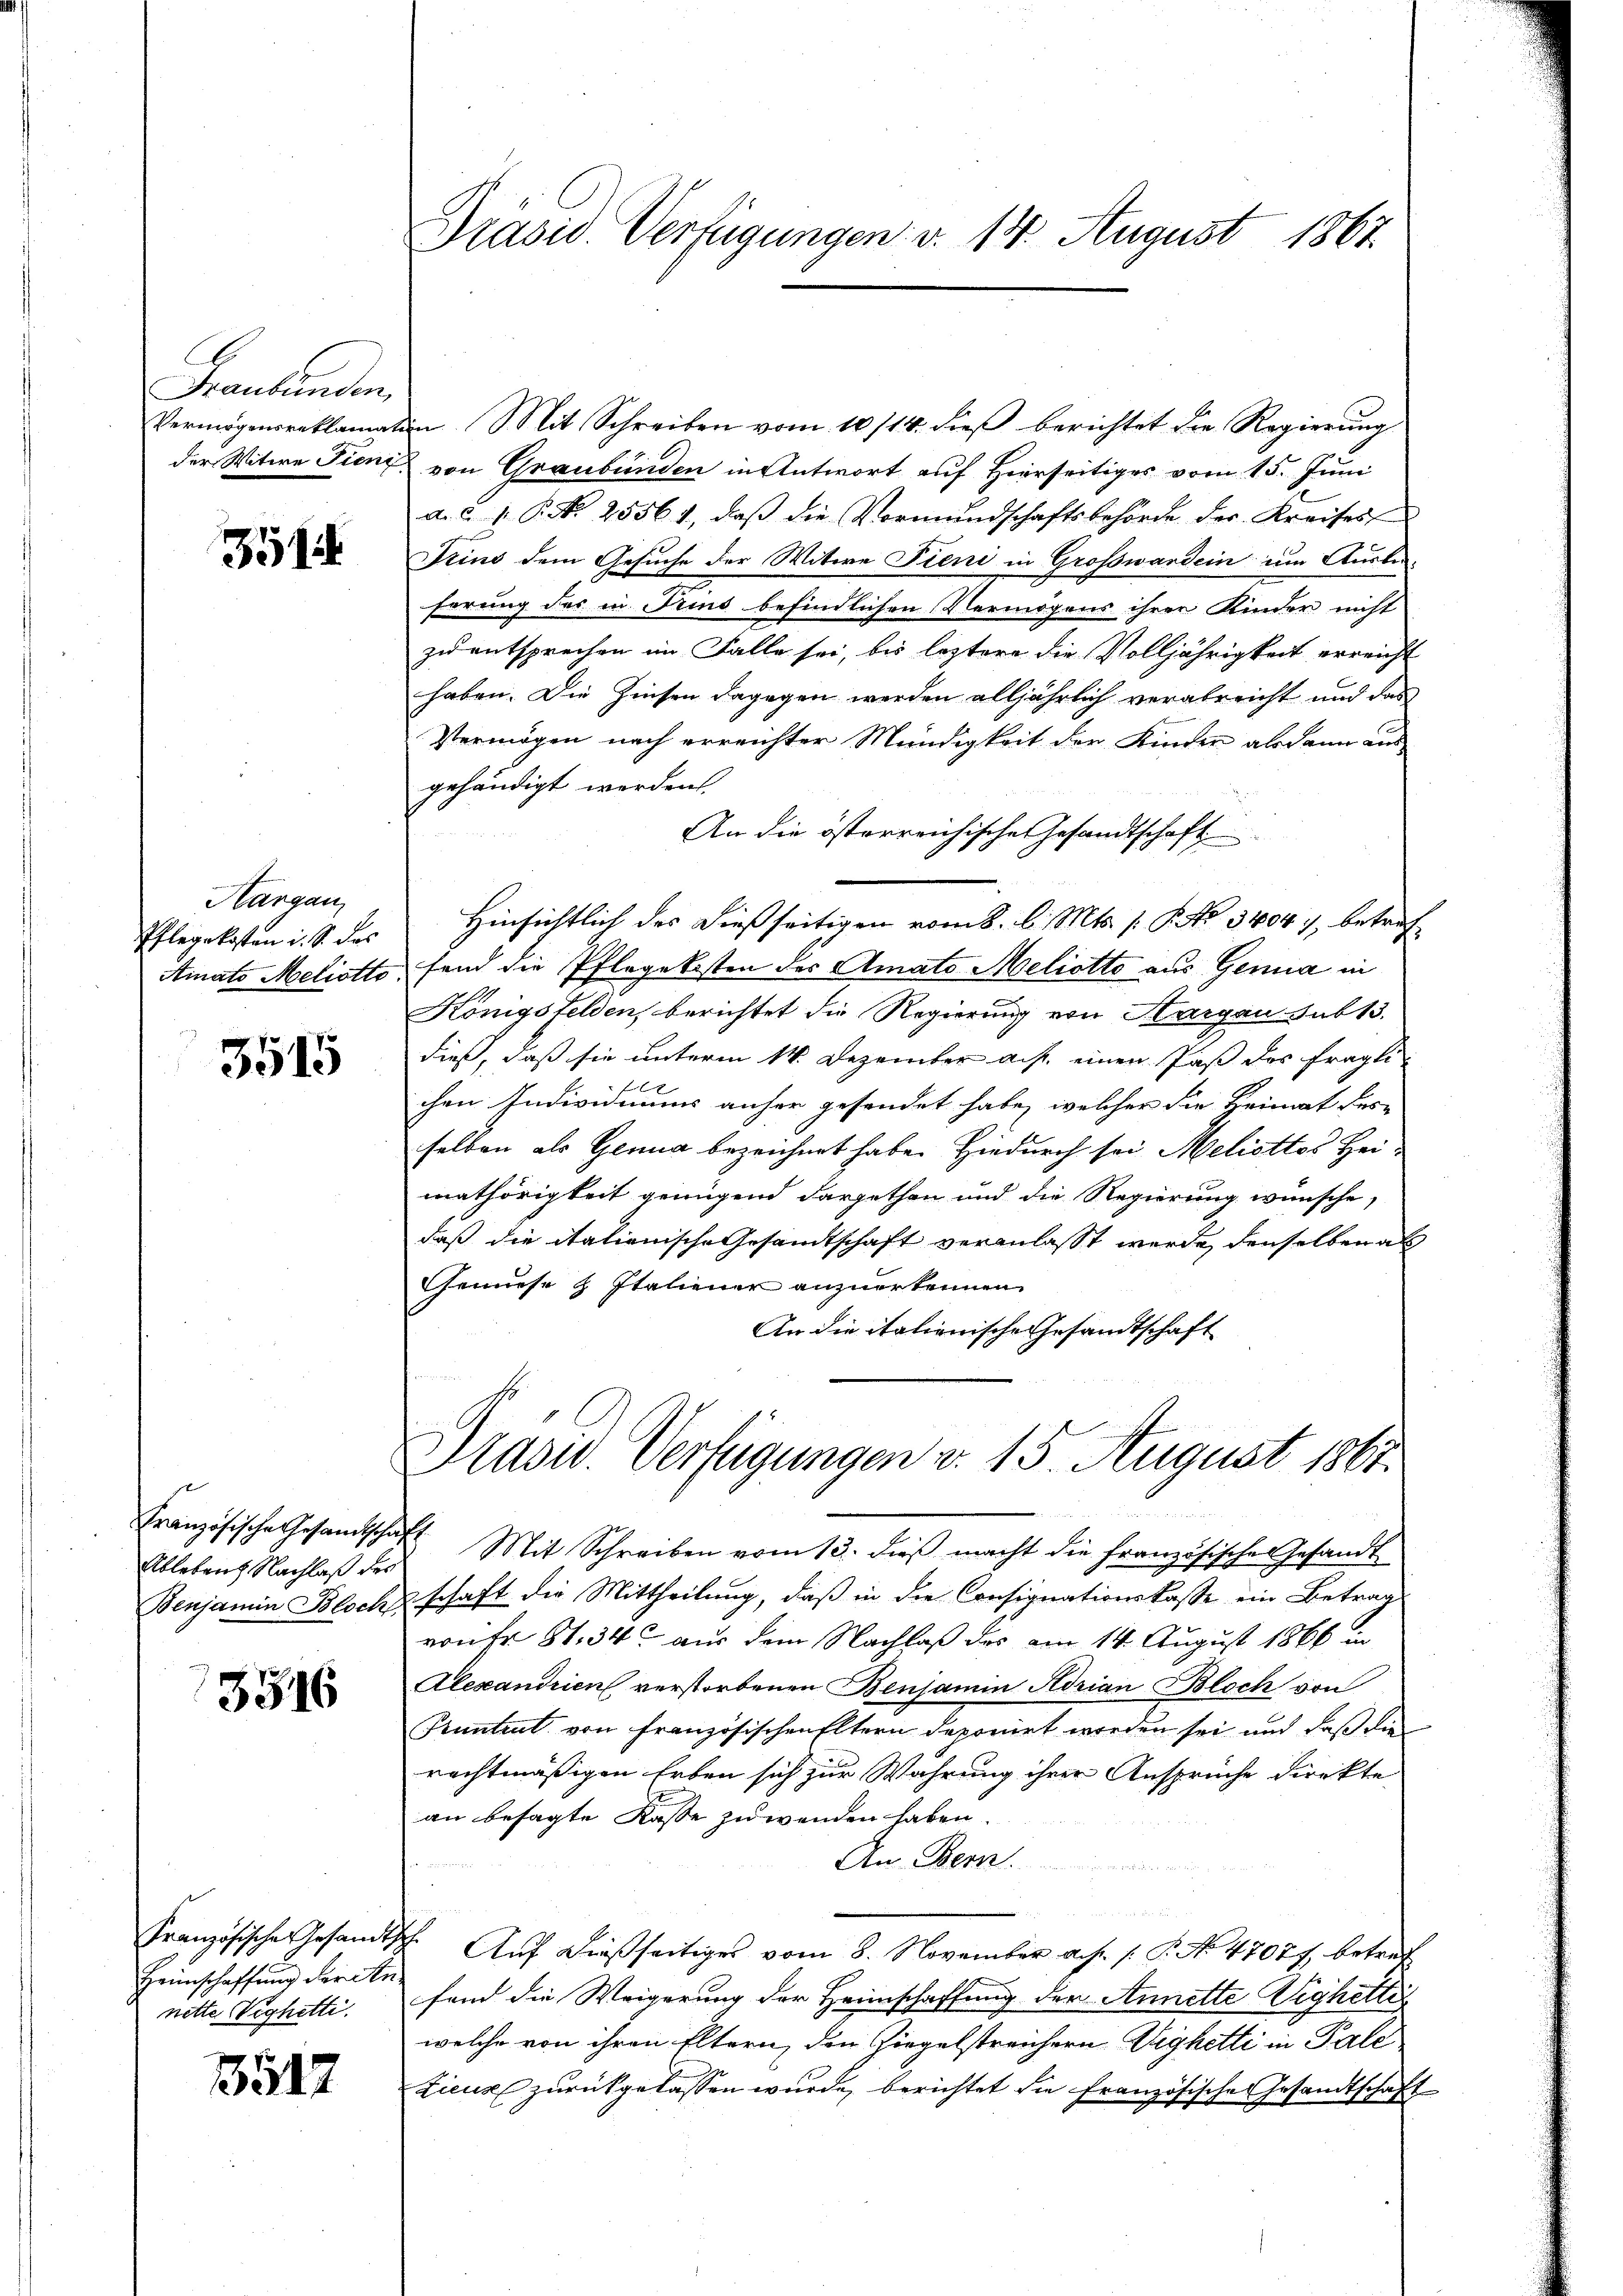
Frankenden
Vermögensreklamat
der Witire Tieni

351

Hargau,
Pflegekosten i. S. das
Ainato Meliotto.

3515

Französische Gesandtschaft
Ableben Nachlaß des

3316

nette Vighetti.

3517

Präsid. Verfügungen v. 14. August 1862.

n Mit Schreiben vom 10/14. dieβ berichtet die Regierŭng
von Graubünden in Antwort auf Hierseitiges vom 15. Juni
a. d. 1. P. Nr. 25561, daβ die Vormŭndschaftsbehörde der Kreises
Frins dem Gesuche der Witwe Pieni in Großwardein um Ausbe-
7
Errung des in Trins befindlichen Vermögens ihrer Kinder nicht
zu entsprechen im Falle sei, bis leztere die Volljährigkeit erreicht
haben. Die Zinsen dagegen werden alljährlich verabreicht und das
Vermögen nach erreichter Mündigkeit der Kinden alsdann aus
gehändigt werden.
An die österreichische Gesandtschaft
Hinsichtlich des dießseitigen vom 8. d. Mts. (: P. No 3404. 7, betref
fend die Pflegekosten der Amato Meliotto aus Genia in
Königsfelden, berichtet die Regierung von Thurgau sub 13.
dieß, daß sie unterm 14. Dezember a.h. einen Paß des fraglix
chen Individuums anher gesendet habe, welcher die Heimat des
selben als Genua bezeichnet habe. Hiedurch sei Meliottes Heimathörigkeit genügend dargethan und die Regierung wünsche,
daß die itationische Gesandtschaft veranlasst werde, denselben als
Gemnese & Italiener anzuerkennen.
An die italionische Gesandtschaft

Prasw. Verfügungen v. 15. August 1861.

Mit Schreiben vom 13. dieß macht die französische Gesandt
Benjamin Blochschaft die Mittheilung, daß in die Consignationskasse ein Betrag
von Fr. 81. 34 aus dem Nachlaß des am 14. August 1866 in
Alexandrien verstorbenen Benjamin Adrian Bloch von
Kuntent von französischen Eltern deponirt worden sei und daß die
rechtmäßigen Erben sich zur Währung ihrer Ansprüche direkte
an besagte Kasse zu wenden haben.
An Bern.
u

Französische Gesandtsch. Aŭf dießseitiges vom 8. November a. s. f. P. No. 47077, betref
Heimschaffung der le fand die Weigerung der Heimschaffung der Annette Vighettis
welche von ihren Eltern, den Ziegelstreichern Vighetti in Pale
Zicus zurückgelassen wurde, berichtet die Französische Gesandtschaft